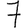
Digit: 7